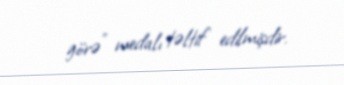
görə" medalı təltif edilmişdir.